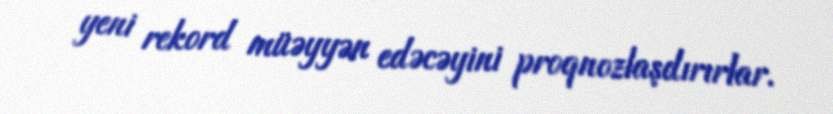
yeni rekord müəyyən edəcəyini proqnozlaşdırırlar.